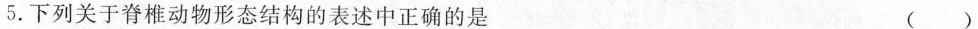
5.下列关于脊椎动物形态结构的表述中正确的是 ()